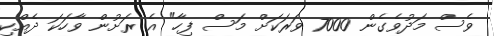
ވެސް މަދުވެގެން 7000 ވަރަކަށް މަސް ފިހާ" އެ ރަށުން ވާހަކަ ދެއްކި